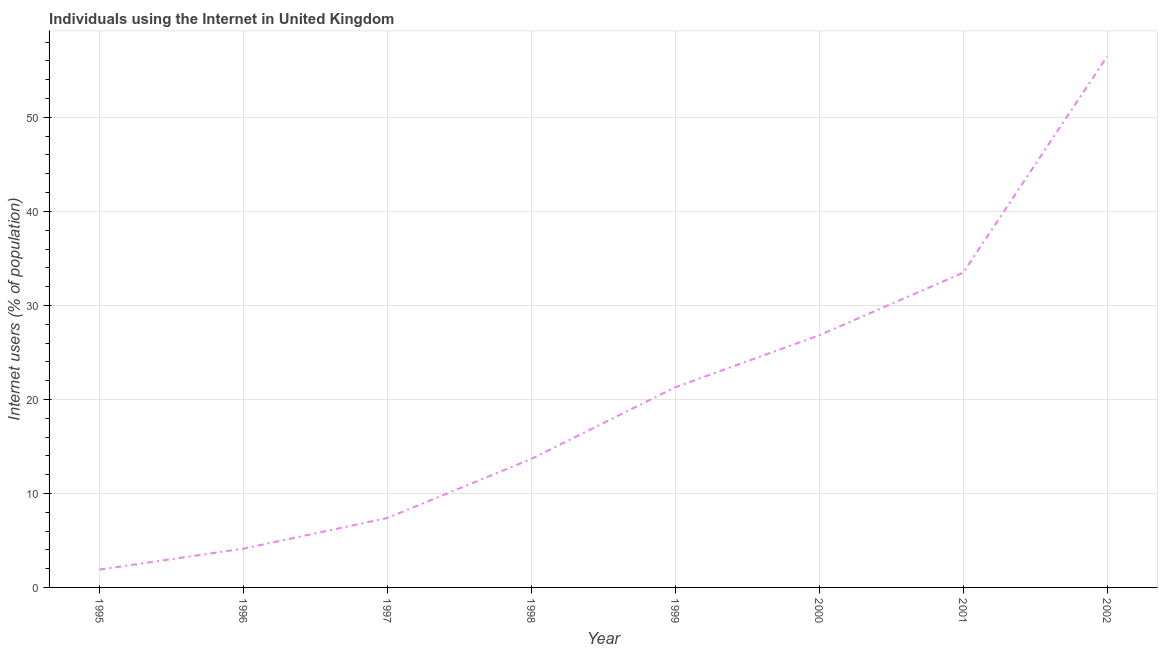
| Year | Internet users |
 | --- | --- |
 | 1995 | 1.9 |
 | 1996 | 4.12 |
 | 1997 | 7.39 |
 | 1998 | 13.7 |
 | 1999 | 21.3 |
 | 2000 | 26.8 |
 | 2001 | 33.5 |
 | 2002 | 56.5 |